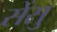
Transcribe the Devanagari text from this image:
सेंसु